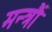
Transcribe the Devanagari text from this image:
मन्त्रौं